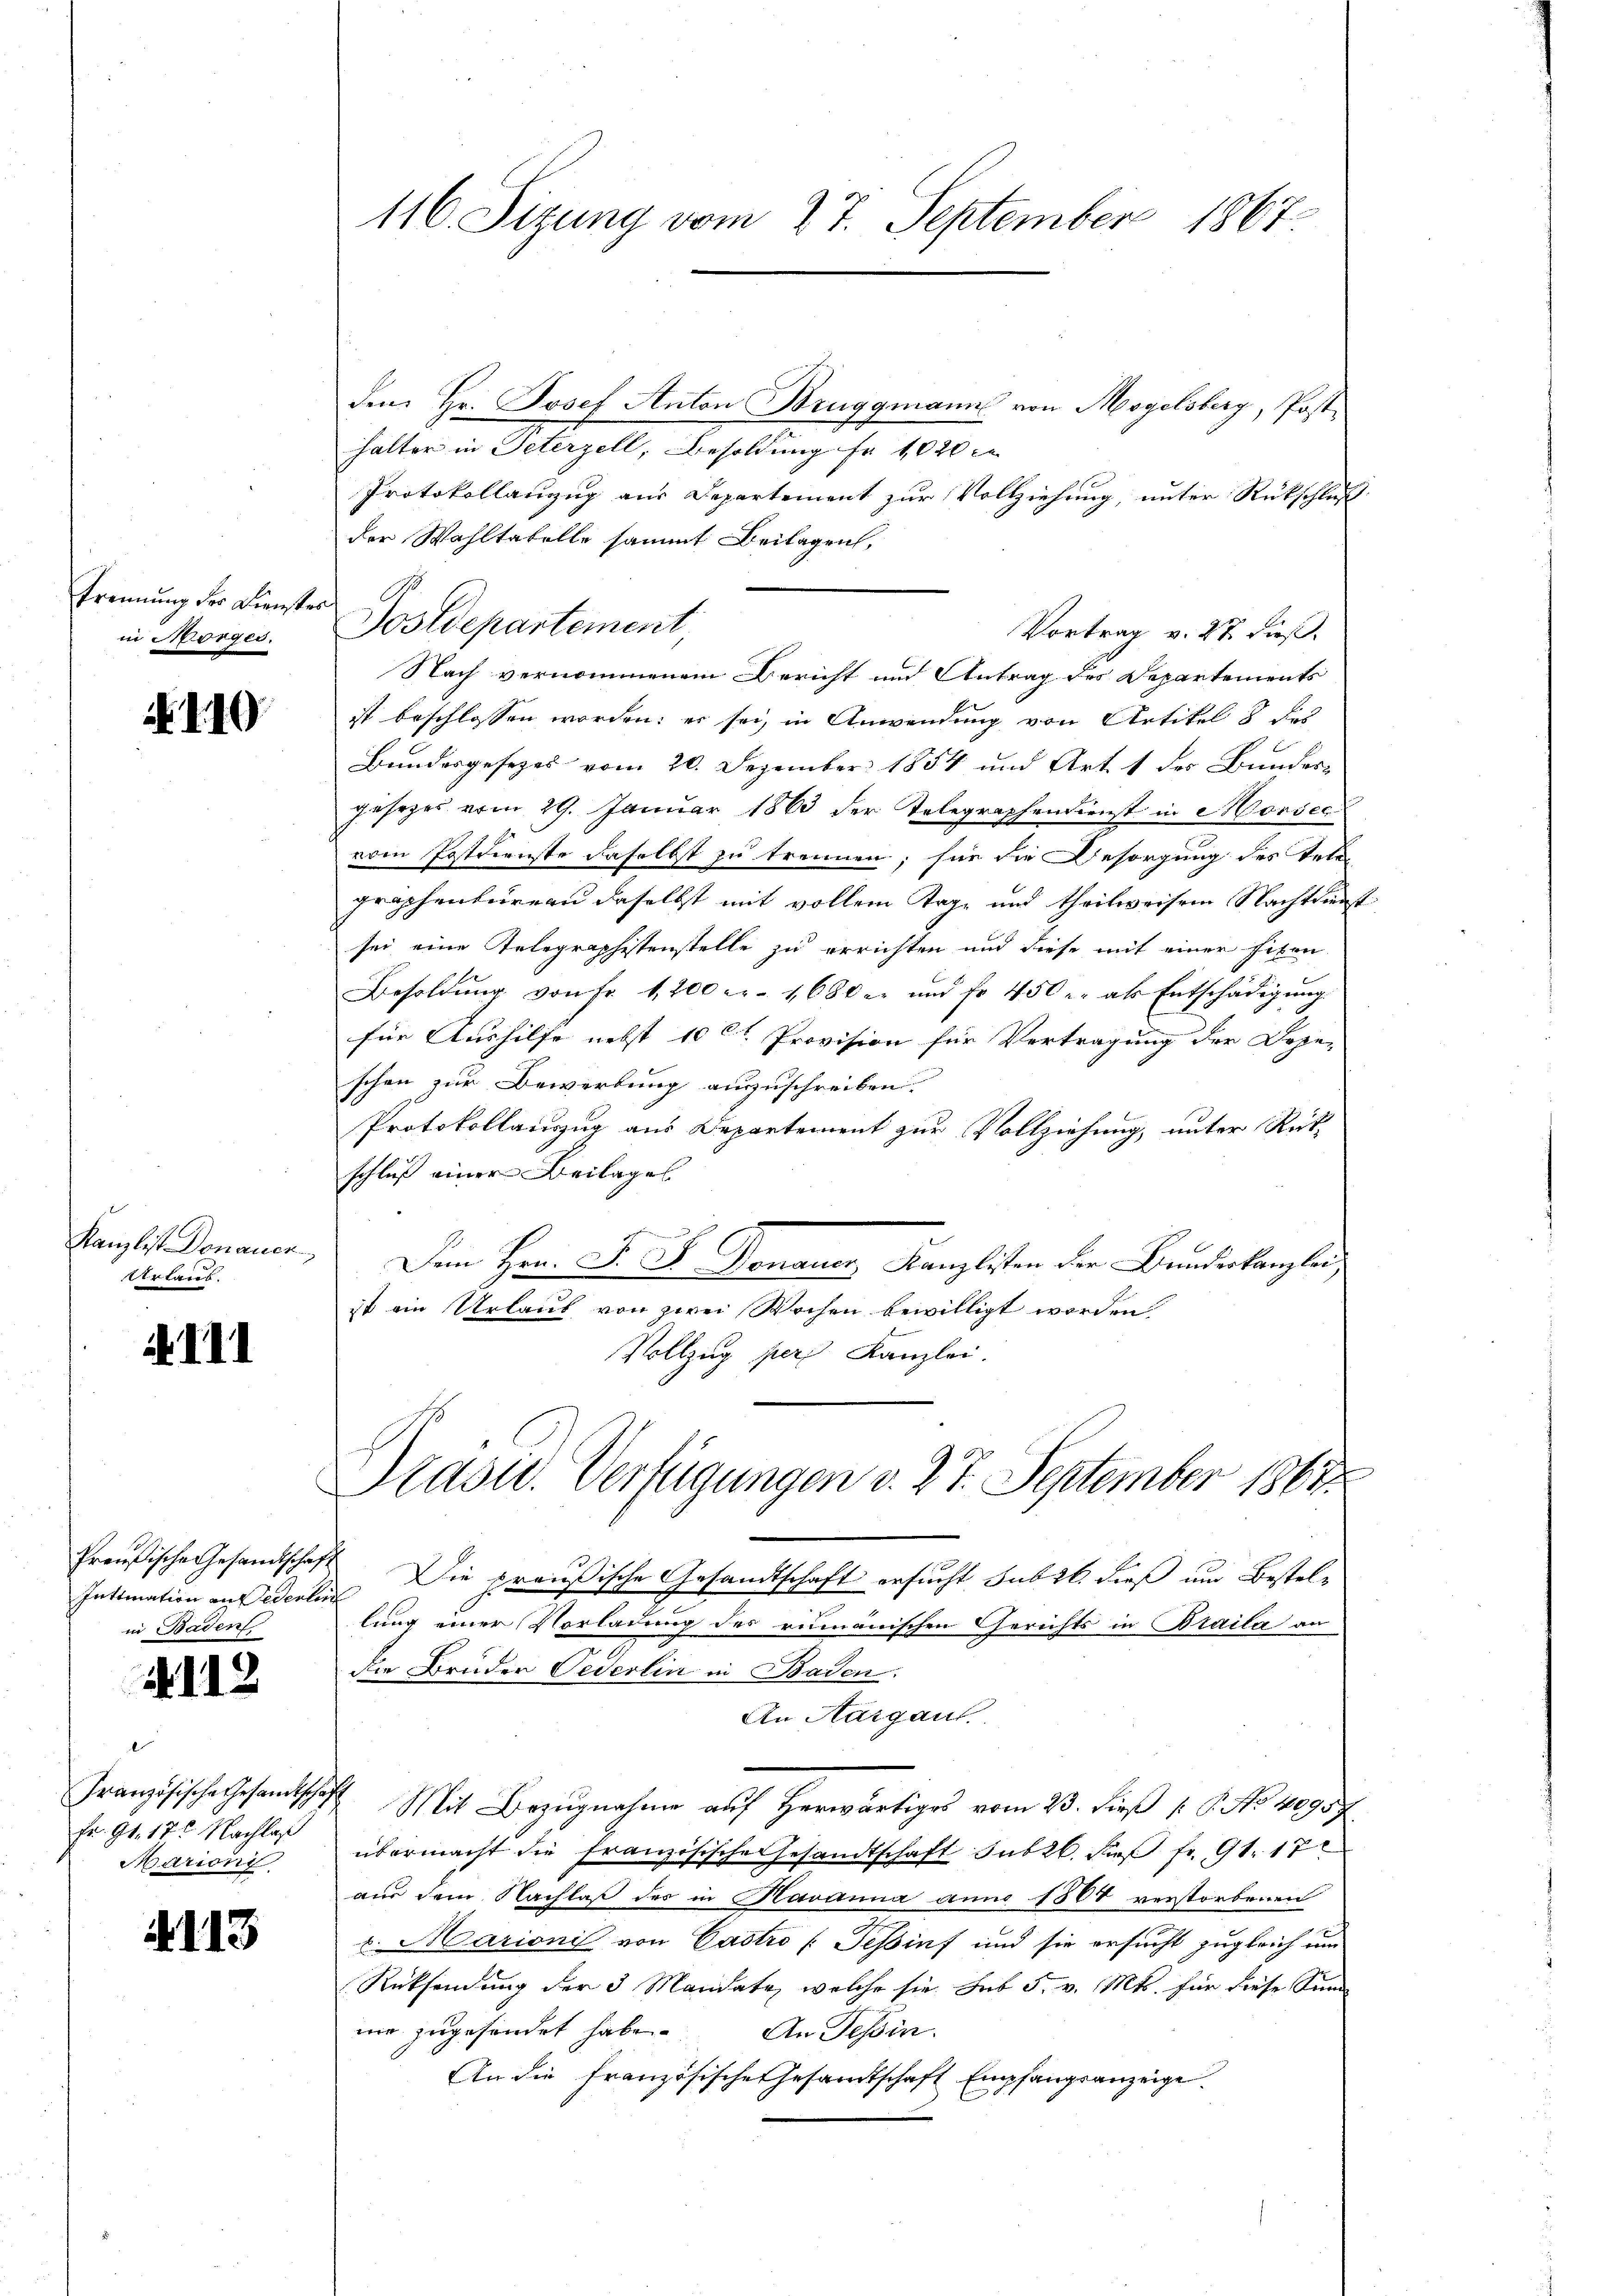
trennung der Dienster
in Morges.

b. d. 19

Artares.

i III

Preußische Gesandtschaf
Inttmnation an Federlin
in Baden

1113

l
Fr. 91. 17. Nachlaß
Marion

113

den Hr. Josef Anton Bruggmanns von Mogelsberg, Posthalter in Peterzell, Besoldung Fr. 1020 c
Protokollanzug aus Departement zur Vollziehung, unter Rückschluß
der Wahltatelle sammt Beilagen,
Nach vernommenem Bericht und Antrag des Departements
ist beschlossen worden; er sei, in Anwendung von Artikel 8 des
Bundesgesezes vom 20. Dezember 1854 und Art. 1 des Bundesgesezes vom 29. Januar 1863 der Telegraphendienst in Morsec
vom Postdirnste daselbst zu trennen; für die Besorgung des Tele
graphenbureau daselbst mit vollem Tage und theilweisen Nachtdienst
sei eine Telegraphistenstelle zu errichten und diese mit einer sehen
Besoldŭng von Fr. 1200 Fr. 1680 er und fr 450 u. als Entschädigŭng.
für Aushilfe nebst 10 Ct. Provision für Vertragung der Doje-
schen zur Bewerbung auszuschreiben.
Protokollauszug aus Departement zur Vollziehung, unter Rückschluß einer Beilages
.
Kanzlist Donauer Dem Hrn. J. F. Donauer Kanzlisten der Bundeskanzlei,
ist ein Urlaub von zwei Wochen bewilligt worden.
Vollzug pers Kanzlei.

116. Sitzung vom 27. September 1867

Postdepartement

Vortrag v. 27. dieß.

Pradw. Verfügungen v. 27. September 1867

1 Die preußische Gesandtschaft ersucht subst dieß um Bestele
lung einer Vorladung des rumänischen Gerichts in Braila an
die Bruder Oederlin in Baden.
An Aargau
Französischehen Mit Bezugnahme auf herwärtiges vom 23. dieß 18. No. 40957
übermacht die Französische Gesandtschaft sub 26. daβ fr. 91. 17
aus dem Nachlaß des in Havanna anno 1500 verstorbenen
u. Marionis von Castro (Tessinf und sie ersucht zugleich um
Rücksendung der 3 Mandate, welche sie sub 5. v. Mts. für diese Sinn
mir zugesendet habe. An Tessin.
An die französische Gesamtschaft Empfangsanzeige.